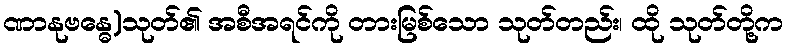
ဏာနုဗန္ဓေ)သုတ်၏ အစီအရင်ကို တားမြစ်သော သုတ်တည်း၊ ထို သုတ်တို့က